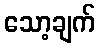
သော့ချက်